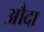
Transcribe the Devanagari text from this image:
औदा